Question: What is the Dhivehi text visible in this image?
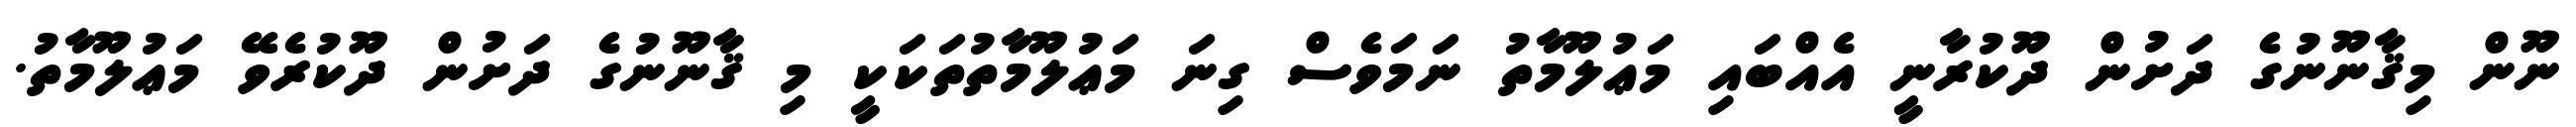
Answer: ނޫން މިޤާނޫނުގެ ދަށުން ދޫކުރާނީ އެއްބައި މަޢުލޫމާތު ނަމަވެސް ގިނަ މަޢުލޫމާތުތަކަކީ މި ޤާނޫނުގެ ދަށުން ދޫކުރެވޭ މަޢުލޫމާތު.